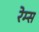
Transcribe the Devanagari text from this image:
रेम्स